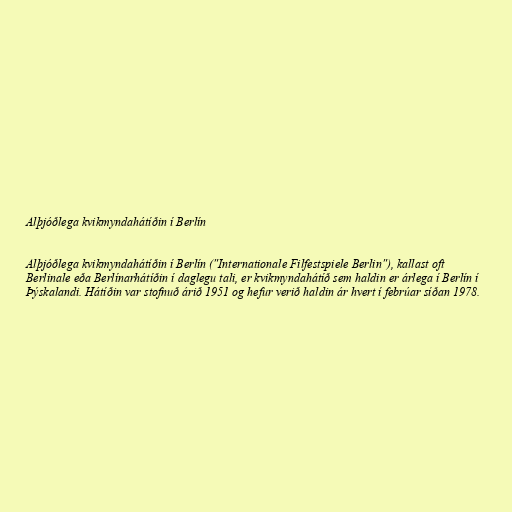
Alþjóðlega kvikmyndahátíðin í Berlín

Alþjóðlega kvikmyndahátíðin í Berlín ("Internationale Filfestspiele Berlin"), kallast oft
Berlinale eða Berlínarhátíðin í daglegu tali, er kvikmyndahátíð sem haldin er árlega í Berlín í
Þýskalandi. Hátíðin var stofnuð árið 1951 og hefur verið haldin ár hvert í febrúar síðan 1978.